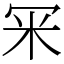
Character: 冞